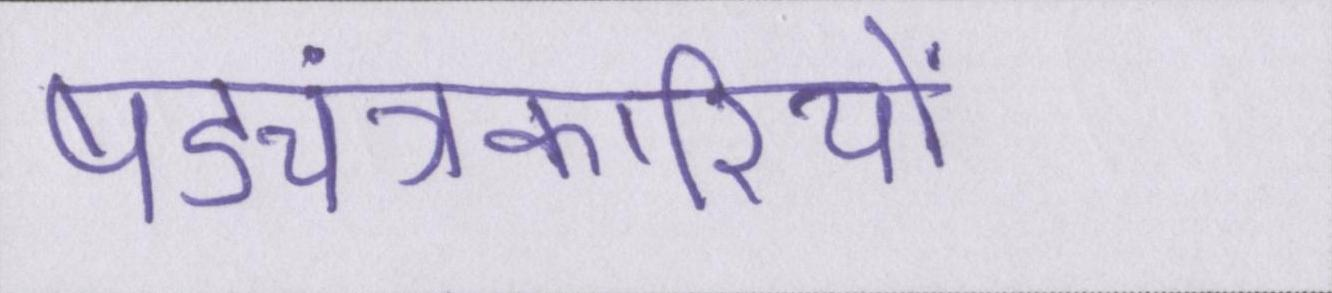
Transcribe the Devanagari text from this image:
षड्यंत्रकारियों